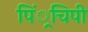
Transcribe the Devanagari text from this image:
पिं्रचिपी